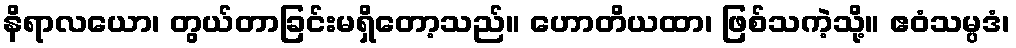
နိရာလယော၊ တွယ်တာခြင်းမရှိတော့သည်။ ဟောတိယထာ၊ ဖြစ်သကဲ့သို့။ ဧဝံသမ္ပဒံ၊